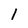
Character: l